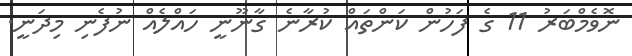
ނޮވެމްބަރު 11 ގެ ފަހުން ކަންތައް ކުރާނެ ގާނޫނީ ހައްލެއް ނުފެނި މިދަނީ.